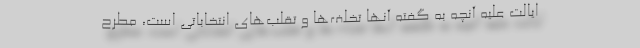
ایالت علیه آنچه به گفته آنها تخلف‌ها و تقلب‌های انتخاباتی است، مطرح